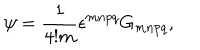
LaTeX: \psi = \frac { 1 } { 4 ! m } \epsilon ^ { m n p q } G _ { m n p q } ,